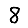
Digit: 8